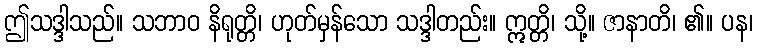
ဤသဒ္ဒါသည်။ သဘာဝ နိရုတ္တိ၊ ဟုတ်မှန်သော သဒ္ဒါတည်း။ ဣတ္တိ၊ သို့။ ဇာနာတိ၊ ၏။ ပန၊